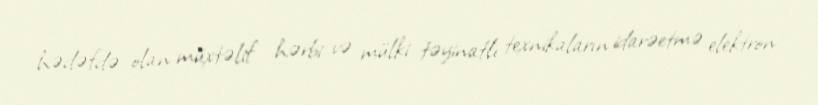
hədəfdə olan müxtəlif hərbi və mülki təyinatlı texnikaların idarəetmə elektron